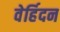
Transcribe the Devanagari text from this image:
वेर्हिदन